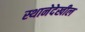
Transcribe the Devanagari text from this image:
स्थानेदेखील